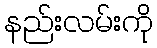
နည်းလမ်းကို